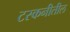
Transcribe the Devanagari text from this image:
टस्कनीतील